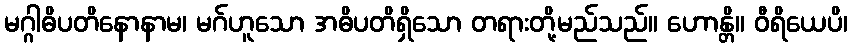
မဂ္ဂါဓိပတိနောနာမ၊ မဂ်ဟူသော အဓိပတိရှိသော တရားတို့မည်သည်။ ဟောန္တိ။ ဝီရိယေပိ၊